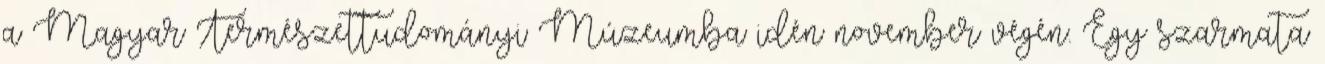
a Magyar Természettudományi Múzeumba idén november végén. Egy szarmata